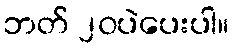
ဘတ် ၂၀ပဲပေးပါ။